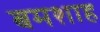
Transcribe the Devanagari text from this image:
बमशाह